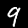
Digit: 9